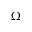
\Omega